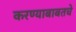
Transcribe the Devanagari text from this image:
करण्याबाबतचे